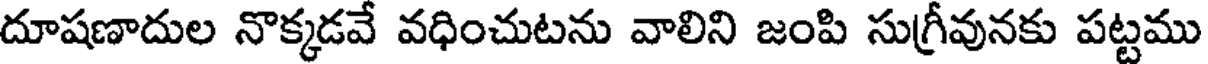
దూషణాదుల నొక్కడవే వధించుటను వాలిని జంపి సుగ్రీవునకు పట్టము